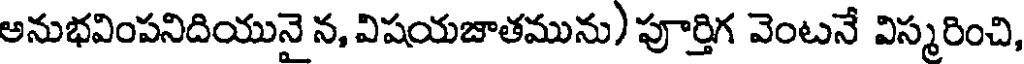
అనుభవింపనిదియునై న, విషయజాతమును) పూర్తిగ వెంటనే విస్మరించి,